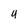
Character: U